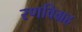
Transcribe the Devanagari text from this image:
रणविग्रह